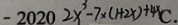
- 2 0 2 0 2 x ^ { 3 } - 7 \times ( 1 + 2 x ) + 4 x C .